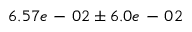
6 . 5 7 e \mathrm { ~ - ~ } 0 2 \pm 6 . 0 e \mathrm { ~ - ~ } 0 2